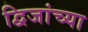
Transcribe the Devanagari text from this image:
द्विजांच्या